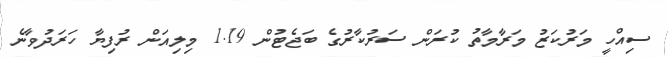
ސިއްހީ މަރުކަޒު މަރާމާތު ކުރަން ސަރުކާރުގެ ބަޖެޓުން 1.19 މިލިއަން ރުފިޔާ ހަރަދުވާނެ